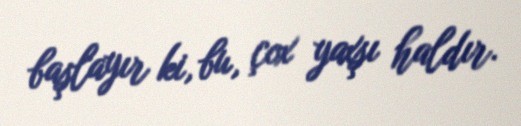
başlayır ki, bu, çox yaxşı haldır.